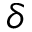
\delta